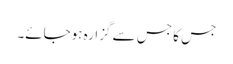
جس کا جس سے گزارہ ہوجائے۔